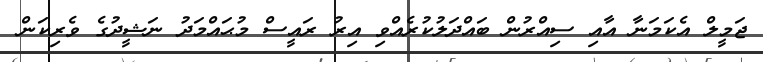
ޖަމީލް އެކަމަނާ އާއި ސިއްރުން ބައްދަލުކުރެއްވި އިރު ރައީސް މުޙައްމަދު ނަޝީދުގެ ވެރިކަން